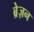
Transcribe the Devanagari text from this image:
ब्रेज़न